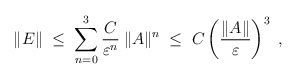
\begin{align*}\|E\| \;\leq\; \sum_{n=0}^3 \frac{C}{\varepsilon^n}\: \|A\|^n\;\leq\; C \left(\frac{\|A\|}{\varepsilon} \right)^3\;,\end{align*}